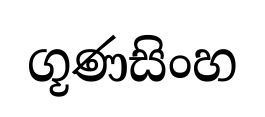
ගූණසිංහ